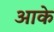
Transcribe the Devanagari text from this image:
अाके